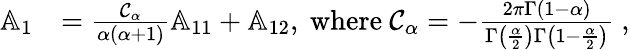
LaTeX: \begin{array}{rl}{\mathbb{A}_{1}}&{=\frac{\mathcal{C}_{\alpha}}{\alpha(\alpha+1)}\mathbb{A}_{11}+\mathbb{A}_{12},\mathrm{~where~\mathcal{C}_{\alpha}=-\frac{2\pi\Gamma(1-\alpha)}{\Gamma\left(\frac{\alpha}{2}\right)\Gamma\left(1-\frac{\alpha}{2}\right)}~,}}\end{array}